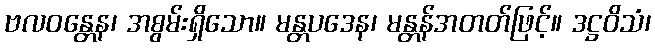
ဗလဝန္တေန၊ အစွမ်းရှိသော။ မန္တပဒေန၊ မန္တန်အတတ်ဖြင့်။ ဒဋ္ဌဝိသံ၊